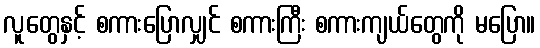
လူတွေနှင့် စကားပြောလျှင် စကားကြီး စကားကျယ်တွေကို မပြော။